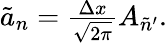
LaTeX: \begin{array}{r}{\tilde{a}_{n}=\frac{\Delta x}{\sqrt{2\pi}}A_{\tilde{n}^{\prime}}.}\end{array}